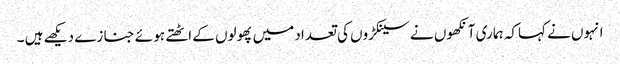
انہوں نے کہاکہ ہما ری آنکھوں نے سینکڑوں کی تعداد میں پھولوں کے اٹھتے ہو ئے جنا زے دیکھے ہیں ۔